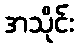
အသိုင်း